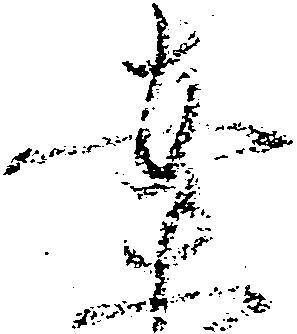
案